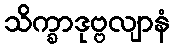
သိက္ခာဒုဗ္ဗလျာနံ